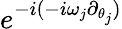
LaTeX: e^{-i(-i\omega_{j}\partial_{\theta_{j}})}